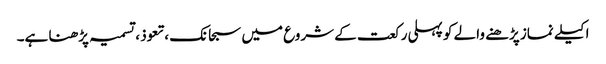
اکیلے نماز پڑھنے والے کو پہلی رکعت کے شروع میں سبحانک ،تعوذ ، تسمیہ پڑھنا ہے۔